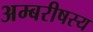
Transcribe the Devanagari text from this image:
अम्बरीषस्य